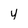
Character: y